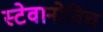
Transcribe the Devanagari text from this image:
स्टेवानोविच